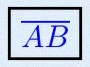
\overline{AB}